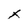
Character: x